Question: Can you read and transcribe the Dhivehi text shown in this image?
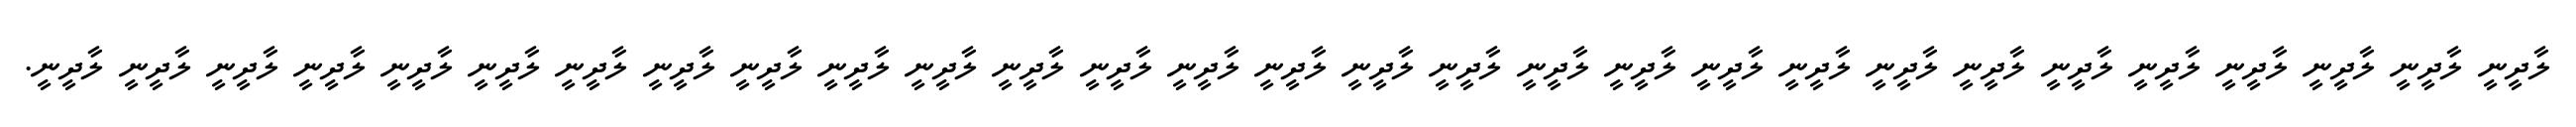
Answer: ލާދީނީ ލާދީނީ ލާދީނީ ލާދީނީ ލާދީނީ ލާދީނީ ލާދީނީ ލާދީނީ ލާދީނީ ލާދީނީ ލާދީނީ ލާދީނީ ލާދީނީ ލާދީނީ ލާދީނީ ލާދީނީ ލާދީނީ ލާދީނީ ލާދީނީ ލާދީނީ ލާދީނީ ލާދީނީ ލާދީނީ ލާދީނީ ލާދީނީ ލާދީނީ ލާދީނީ ލާދީނީ ލާދީނީ.